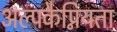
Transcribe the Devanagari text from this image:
अल्पकैप्नियता